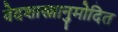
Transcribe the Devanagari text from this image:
वेदशास्त्रानुमोदित